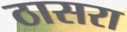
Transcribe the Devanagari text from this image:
ठासरा